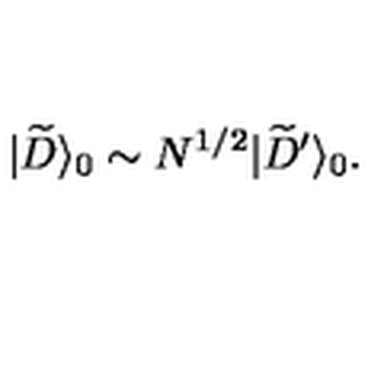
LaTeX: | { \widetilde D } \rangle _ { 0 } \sim N ^ { 1 / 2 } | { \widetilde D } ^ { \prime } \rangle _ { 0 } .